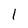
Character: 1